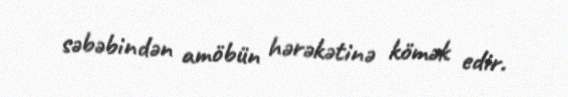
səbəbindən amöbün hərəkətinə kömək edir.